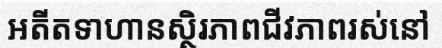
អតីតទាហានស្ថិរភាពជីវភាពរស់នៅ